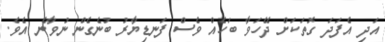
އަދި އެފަދަ ގޮތަކަށް ދޭހަވާ ބަހެއް ވެސް ފަނޑިޔާރު ބުނެގެން ނުވާނެ އެވެ.